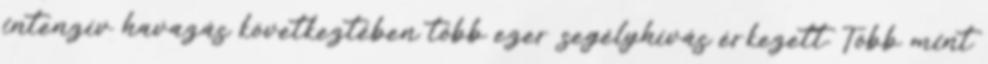
intenzív havazás következtében több ezer segélyhívás érkezett. Több mint